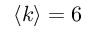
\langle k \rangle = 6